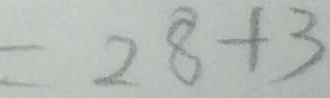
= 2 8 + 3